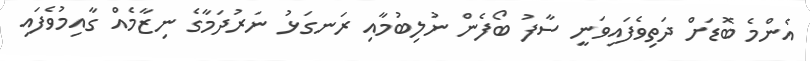
އެންމެ ބޮޑަށް ދަތިވެފައިވަނީ ސާފު ބޯފެން ނުލިބުމާއި ރަނގަޅު ނަރުދަމާގެ ނިޒާމެއް ގާއިމުވެފައި